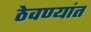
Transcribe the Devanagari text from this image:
ठेवण्यांत